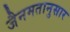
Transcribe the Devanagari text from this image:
जैनमतानुसार